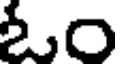
ఓం